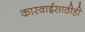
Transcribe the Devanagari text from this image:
कारवाईसाठीही